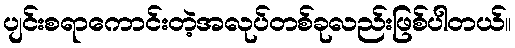
ပျင်းစရာကောင်းတဲ့အလုပ်တစ်ခုလည်းဖြစ်ပါတယ်။